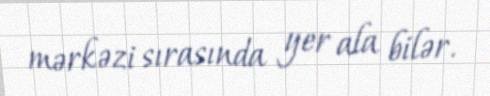
mərkəzi sırasında yer ala bilər.